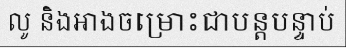
លូ និងអាងចម្រោះជាបន្តបន្ទាប់